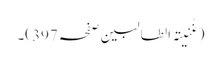
(غُنیتہ الطالبین صفحہ 397)۔